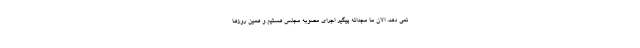
نمی دهد. الان ما مجدانه پیگیر اجرای مصوبه مجلس هستیم و همین روزها